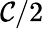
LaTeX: \mathcal{C}/2